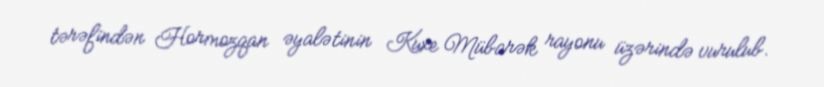
tərəfindən Hormozqan əyalətinin Kuxe Mübarək rayonu üzərində vurulub.